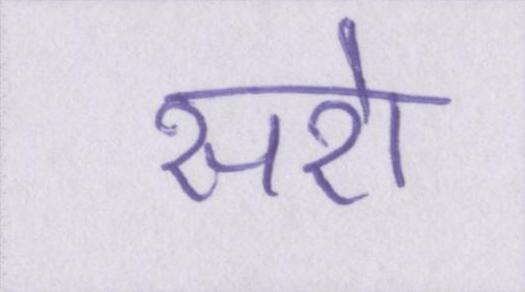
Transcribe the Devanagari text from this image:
सरो